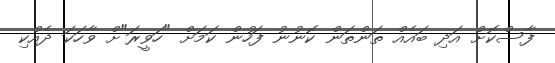
ފާސްކޮށް އަދި ބައެއް ތަންތަން ކޮނުނު ފަހުން ކަމަށް "ހަވީރަ"ށް ވާހަކަ ދެއްކި